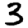
Digit: 3